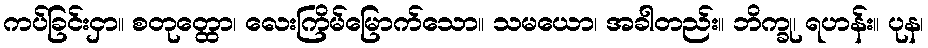
ကပ်ခြင်းငှာ။ စတုတ္ထော၊ လေးကြိမ်မြောက်သော။ သမယော၊ အခါတည်း။ ဘိက္ခု၊ ရဟန်း။ ပုန၊